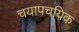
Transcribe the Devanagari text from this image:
चयापचयिक